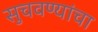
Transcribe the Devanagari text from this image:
सुचवण्यांचा